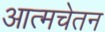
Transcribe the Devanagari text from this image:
आत्मचेतन